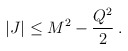
\begin{align*}|J| \leq M^2 - \frac{Q^2}{2} \: .\end{align*}